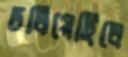
ঢলিয়েছিলে